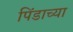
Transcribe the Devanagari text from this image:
पिंडाच्या